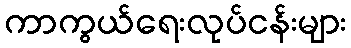
ကာကွယ်ရေးလုပ်ငန်းများ